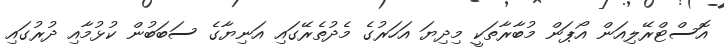
އޮސްޓްރޭލިއަން އޯޕަން މުބާރާތަކީ މިދިޔަ އަހަރުގެ މެދުތެރޭގައި އަނިޔާގެ ސަބަބުން ކުޅުމާއި ދުރުގައި